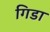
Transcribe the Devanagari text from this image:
गिडा